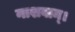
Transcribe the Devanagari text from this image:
नाशवान्।